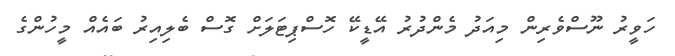
ހަވީރު ނޫސްވެރިން މިއަދު މެންދުރު އޭޑީކޭ ހޮސްޕިޓަލަށް ގޮސް ބެލިއިރު ބައެއް މީހުންގެ